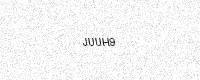
Text: JUUH9